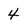
Character: 4